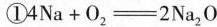
①$$4Na+O_{2}=2Na_{2}O$$